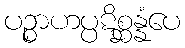
ပဉ္စာဟပ္ပဋိစ္ဆန္နံပေ